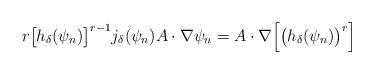
LaTeX: \begin{align*}r\big[h_{\delta}( \psi_n )\big]^{r-1}j_{\delta}(\psi_n ) A\cdot \nabla\psi_n =A\cdot\nabla\Big[\big(h_{\delta}(\psi_n)\big)^r\Big]\end{align*}